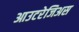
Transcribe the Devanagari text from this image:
आउटरेजिअस